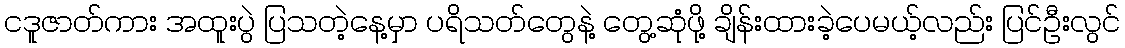
ငဒူဇာတ်ကား အထူးပွဲ ပြသတဲ့နေ့မှာ ပရိသတ်တွေနဲ့ တွေ့ဆုံဖို့ ချိန်းထားခဲ့ပေမယ့်လည်း ပြင်ဦးလွင်